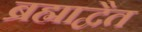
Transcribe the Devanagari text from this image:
ब्रह्माद्वैत